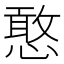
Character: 憨